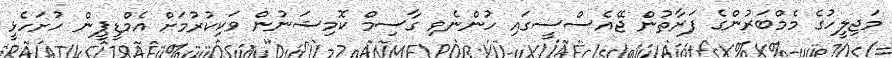
މަޖިލީހުގެ މެމްބަރުންގެ ފަރާތުން ޖޭއެސްސީގައި ހުންނެވި ގާސިމް ކޮމިޝަނުން ވަކިކުރުމަށް އެމްޑީޕީން ހުށަހެޅީ